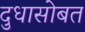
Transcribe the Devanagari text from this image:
दुधासोबत